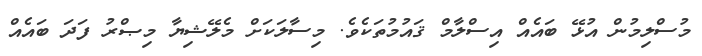
މުސްލިމުން އުޅޭ ބައެއް އިސްލާމް ޤައުމުތަކެވެ. މިސާލަކަށް މެލޭޝިޔާ މިޞްރު ފަދަ ބައެއް